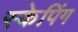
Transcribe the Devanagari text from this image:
स्केपिंग